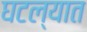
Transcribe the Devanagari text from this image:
घटल्यात